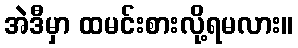
အဲဒီမှာ ထမင်းစားလို့ရမလား။